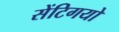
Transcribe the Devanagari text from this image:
सेंटिगयो